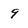
Character: 9